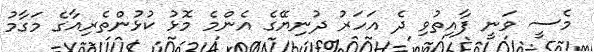
މެސީ ވަނީ ފާއިތުވި ދެ އަހަރު ދުނިޔޭގެ އެންމެ މޮޅު ކުޅުންތެރިއާގެ މަގާމު